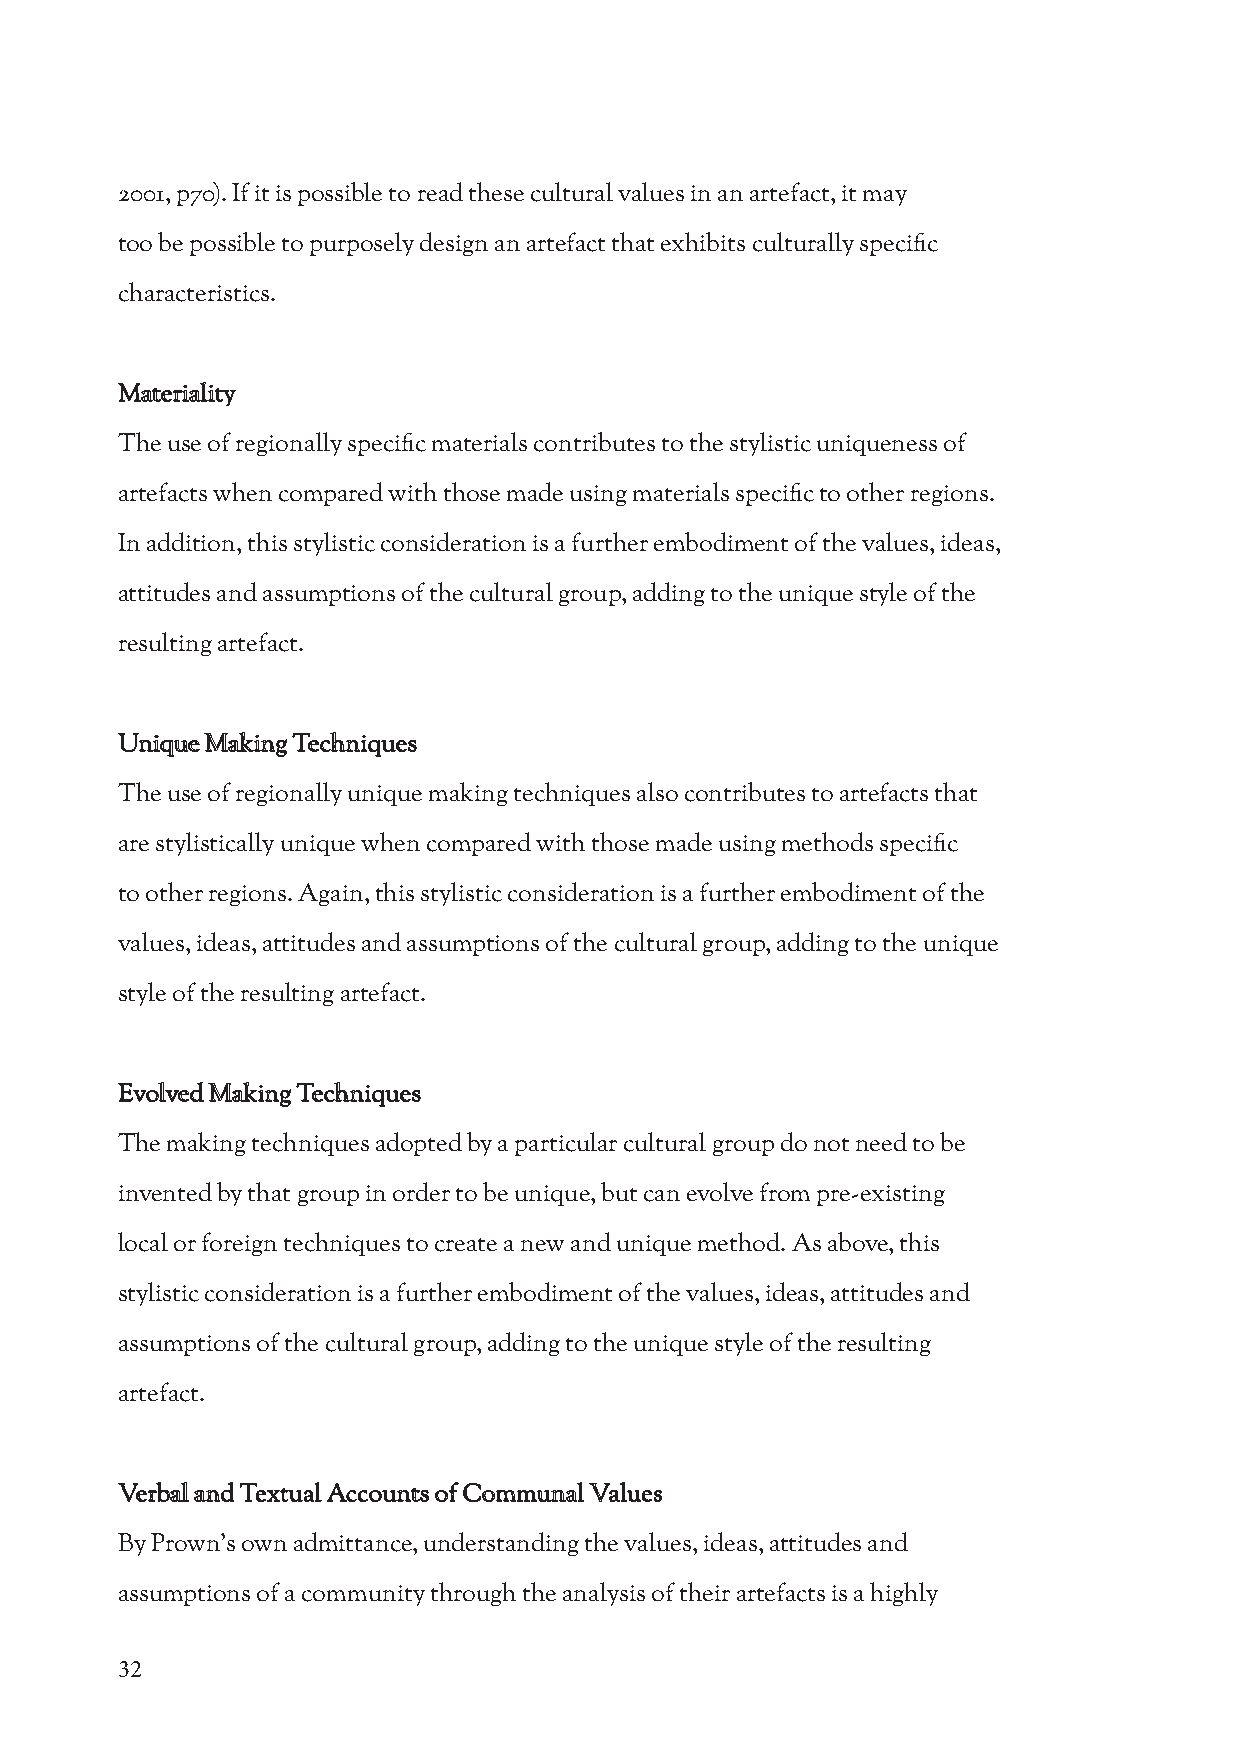
2001, p70). If it is possible to read these cultural values in an artefact, it may
 too be possible to purposely design an artefact that exhibits culturally specific
 characteristics.
 Materiality
 The use of regionally specific materials contributes to the stylistic uniqueness of
 artefacts when compared with those made using materials specific to other regions.
 In addition, this stylistic consideration is a further embodiment of the values, ideas,
 attitudes and assumptions of the cultural group, adding to the unique style of the
 resulting artefact.
 Unique Making Techniques
 The use of regionally unique making techniques also contributes to artefacts that
 are stylistically unique when compared with those made using methods specific
 to other regions. Again, this stylistic consideration is a further embodiment of the
 values, ideas, attitudes and assumptions of the cultural group, adding to the unique
 style of the resulting artefact.
 Evolved Making Techniques
 The making techniques adopted by a particular cultural group do not need to be
 invented by that group in order to be unique, but can evolve from pre-existing
 local or foreign techniques to create a new and unique method. As above, this
 stylistic consideration is a further embodiment of the values, ideas, attitudes and
 assumptions of the cultural group, adding to the unique style of the resulting
 artefact.
 Verbal and Textual Accounts of Communal Values
 By Prown’s own admittance, understanding the values, ideas, attitudes and
 assumptions of a community through the analysis of their artefacts is a highly
 32